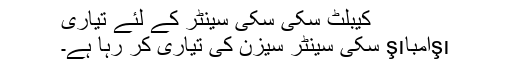
کیبلٹ سکی سکی سینٹر کے لئے تیاری
şıامباşı سکی سینٹر سیزن کی تیاری کر رہا ہے۔